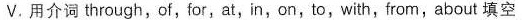
V.用介词through,of,for,at,in,on,to,with,from,about 填空